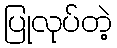
ပြုလုပ်တဲ့